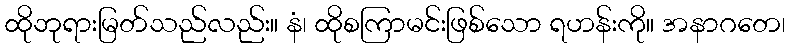
ထိုဘုရားမြတ်သည်လည်း။ နံ၊ ထိုစကြာမင်းဖြစ်သော ရဟန်းကို။ အနာဂတေ၊